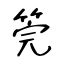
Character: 筦